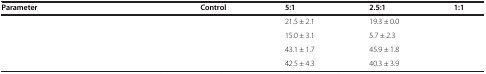
<table><thead><tr><td><b>Parameter</b></td><td>[EMPTY_CELL]</td><td><b>Control</b></td><td><b>5:1</b></td><td><b>2.5:1</b></td><td><b>1:1</b></td></tr></thead><tbody><tr><td>[EMPTY_CELL]</td><td>[EMPTY_CELL]</td><td>[EMPTY_CELL]</td><td>21.5 ± 2.1</td><td>19.3 ± 0.0</td><td>[EMPTY_CELL]</td></tr><tr><td>[EMPTY_CELL]</td><td>[EMPTY_CELL]</td><td>[EMPTY_CELL]</td><td>15.0 ± 3.1</td><td>5.7 ± 2.3</td><td>[EMPTY_CELL]</td></tr><tr><td>[EMPTY_CELL]</td><td>[EMPTY_CELL]</td><td>[EMPTY_CELL]</td><td>43.1 ± 1.7</td><td>45.9 ± 1.8</td><td>[EMPTY_CELL]</td></tr><tr><td>[EMPTY_CELL]</td><td>[EMPTY_CELL]</td><td>[EMPTY_CELL]</td><td>42.5 ± 4.3</td><td>40.3 ± 3.9</td><td>[EMPTY_CELL]</td></tr></tbody></table>